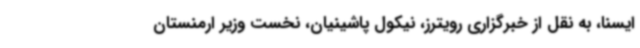
ایسنا، به نقل از خبرگزاری رویترز، نیکول پاشینیان، نخست وزیر ارمنستان